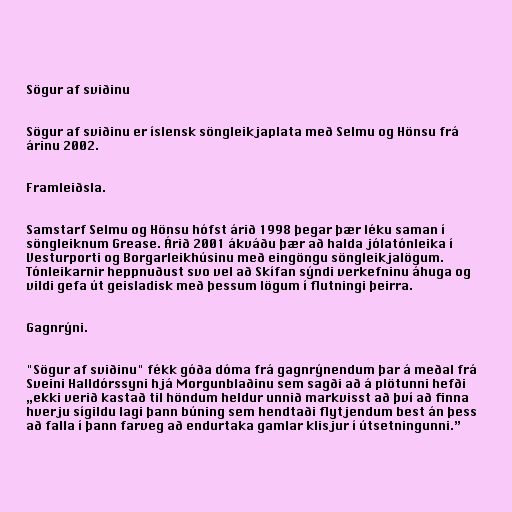
Sögur af sviðinu

Sögur af sviðinu er íslensk söngleikjaplata með Selmu og Hönsu frá
árinu 2002.

Framleiðsla.

Samstarf Selmu og Hönsu hófst árið 1998 þegar þær léku saman í
söngleiknum Grease. Árið 2001 ákváðu þær að halda jólatónleika í
Vesturporti og Borgarleikhúsinu með eingöngu söngleikjalögum.
Tónleikarnir heppnuðust svo vel að Skífan sýndi verkefninu áhuga og
vildi gefa út geisladisk með þessum lögum í flutningi þeirra.

Gagnrýni.

"Sögur af sviðinu" fékk góða dóma frá gagnrýnendum þar á meðal frá
Sveini Halldórssyni hjá Morgunblaðinu sem sagði að á plötunni hefði
„ekki verið kastað til höndum heldur unnið markvisst að því að finna
hverju sígildu lagi þann búning sem hendtaði flytjendum best án þess
að falla í þann farveg að endurtaka gamlar klisjur í útsetningunni.”